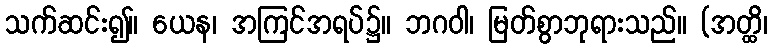
သက်ဆင်း၍။ ယေန၊ အကြင်အရပ်၌။ ဘဂဝါ၊ မြတ်စွာဘုရားသည်။ (အတ္ထိ၊